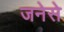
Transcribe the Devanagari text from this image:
जनेसे